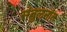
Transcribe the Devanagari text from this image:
संतुलनांत